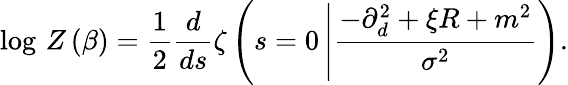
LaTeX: \log\, Z\left(\beta\right)=\frac{1}{2}\frac{d}{ds}\zeta\left(s=0\left|\frac{-\partial_{d}^{2}+\xi R+m^{2}}{\sigma^{2}}\right.\right).